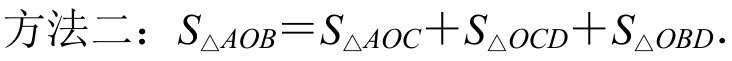
方法二：$S_{\triangle AOB}=S_{\triangle AOC}+S_{\triangle OCD}+S_{\triangle OBD}.$